Report of the Indian Hemp Drugs Commission, 1894-1895 - Volume IV
Year: 1894
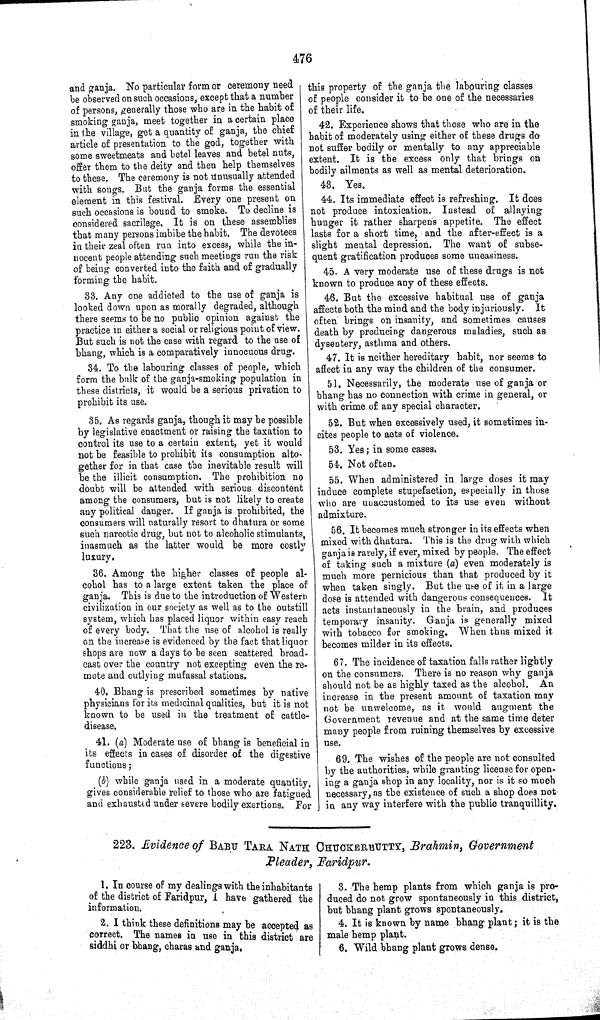
476
and ganja. No particular form or ceremony need
be observed on such occasions, except that a number
of persons, generally those who are in the habit of
smoking ganja, meet together in a certain place
in the village, get a quantity of ganja, the chief
article of presentation to the god, together with
some sweetmeats and betel leaves and betel nuts,
offer them to the deity and then help themselves
to these. The ceremony is not unusually attended
with songs. But the ganja forms the essential
element in this festival. Every one present on
such occasions is bound to smoke. To decline is
considered sacrilege. It is on these assemblies
that many persons imbibe the habit. The devotees
in their zeal often run into excess, while the in-
nocent people attending such meetings run the risk
of being converted into the faith and of gradually
forming the habit.
33. Any one addicted to the use of ganja is
looked down upon as morally degraded, although
there seems to be no public opinion against the
practice in either a social or religious point of view.
But such is not the case with regard to the use of
bhang, which is a comparatively innocuous drug.
34. To the labouring classes of people, which
form the bulk of the ganja-smoking population in
these districts, it would be a serious privation to
prohibit its use.
35. As regards ganja, though it may be possible
by legislative enactment or raising the taxation to
control its use to a certain extent, yet it would
not be feasible to prohibit its consumption alto-
gether for in that case the inevitable result will
be the illicit consumption. The prohibition no
doubt will be attended with serious discontent
among the consumers, but is not likely to create
any political danger. If ganja is prohibited, the
consumers will naturally resort to dhatura or some
such narcotic drug, but not to alcoholic stimulants,
inasmuch as the latter would be more costly
luxury.
36. Among the higher classes of people al-
cohol has to a large extent taken the place of
ganja. This is due to the introduction of Western
civilization in our society as well as to the outstill
system, which has placed liquor within easy reach
of every body. That the use of alcohol is really
on the increase is evidenced by the fact that liquor
shops are now a days to be seen scattered broad-
cast over the country not excepting even the re-
mote and outlying mufassal stations.
40. Bhang is prescribed sometimes by native
physicians for its medicinal qualities, but it is not
known to be used in the treatment of cattle-
disease.
41. (a) Moderate use of bhang is beneficial in
its effects in cases of disorder of the digestive
functions;
(b) while ganja used in a moderate quantity,
gives considerable relief to those who are fatigued
and exhausted under severe bodily exertions. For
this property of the ganja the labouring classes
of people consider it to be one of the necessaries
of their life.
42. Experience shows that those who are in the
habit of moderately using either of these drugs do
not suffer bodily or mentally to any appreciable
extent. It is the excess only that brings on
bodily ailments as well as mental deterioration.
43. Yes.
44. Its immediate effect is refreshing. It does
not produce intoxication. Instead of allaying
hunger it rather sharpens appetite. The effect
lasts for a short time, and the after-effect is a
slight mental depression. The want of subse-
quent gratification produces some uneasiness.
45. A very moderate use of these drugs is not
known to produce any of these effects.
46. But the excessive habitual use of ganja
affects both the mind and the body injuriously. It
often brings on insanity, and sometimes causes
death by producing dangerous maladies, such as
dysentery, asthma and others.
47. It is neither hereditary habit, nor seems to
affect in any way the children of the consumer.
51. Necessarily, the moderate use of ganja or
bhang has no connection with crime in general, or
with crime of any special character.
52. But when excessively used, it sometimes in-
cites people to acts of violence.
53. Yes; in some cases.
54. Not often.
55. When administered in large doses it may
induce complete stupefaction, especially in those
who are unaccustomed to its use even without
admixture.
56. It becomes much stronger in its effects when
mixed with dhatura. This is the drug with which
ganja is rarely, if ever, mixed by people. The effect
of taking such a mixture (a) even moderately is
much more pernicious than that produced by it
when taken singly. But the use of it in a large
dose is attended with dangerous consequences. It
acts instantaneously in the brain, and produces
temporary insanity. Ganja is generally mixed
with tobacco for smoking. When thus mixed it
becomes milder in its effects.
67. The incidence of taxation falls rather lightly
on the consumers. There is no reason why ganja
should not be as highly taxed as the alcohol. An
increase in the present amount of taxation may
not be unwelcome, as it would augment the
Government revenue and at the same time deter
many people from ruining themselves by excessive
use.
69. The wishes of the people are not consulted
by the authorities, while granting license for open-
ing a ganja shop in any locality, nor is it so much
necessary, as the existence of such a shop does not
in any way interfere with the public tranquillity.
223. Evidence of BABU TARA NATH CHUCKERBUTTY, Brahmin, Government
Pleader, Faridpur.
1. In course of my dealings with the inhabitants
of the district of Faridpur, I have gathered the
information.
2. I think these definitions may be accepted as
correct. The names in use in this district are
siddhi or bhang, charas and ganja.
3. The hemp plants from which ganja is pro-
duced do not grow spontaneously in this district,
but bhang plant grows spontaneously.
4. It is known by name bhang plant; it is the
male hemp plant.
6. Wild bhang plant grows dense.